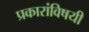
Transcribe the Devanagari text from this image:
प्रकारांविषयी